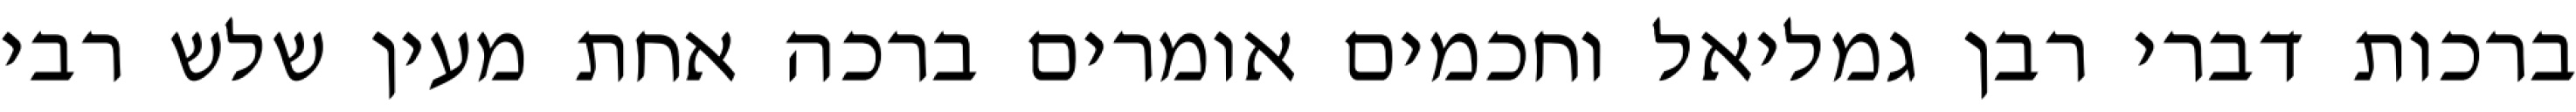
ברכות דברי רבן גמליאל וחכמים אומרים ברכה אחת מעין שלש רבי